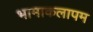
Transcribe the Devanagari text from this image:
भामाकलापम